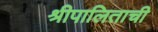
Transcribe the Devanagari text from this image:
श्रीपालिताची